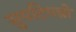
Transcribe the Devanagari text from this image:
सुपटिपन्नो